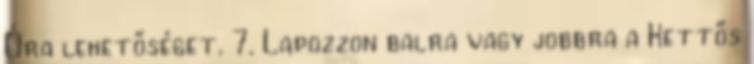
Óra lehetőséget. 7. Lapozzon balra vagy jobbra a Kettős